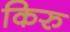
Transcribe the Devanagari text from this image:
किरु